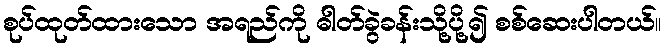
စုပ်ထုတ်ထားသော အရည်ကို ဓါတ်ခွဲခန်းသို့ပို့၍ စစ်ဆေးပါတယ်။